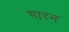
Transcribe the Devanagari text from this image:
भारम